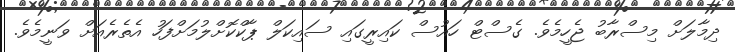
ދިމާލަށް މިސްރާބު ޖެހީމެވެ. ގެސްޓް ހައުސް ކައިރީގައި ސައިކަލް ޕާކްކޮށްލުމަށްފަހު އެތެރެއަށް ވަނީމެވެ.